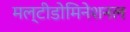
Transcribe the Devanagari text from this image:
मल्टीडोमिनेशनल